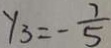
y _ { 3 } = - \frac { 7 } { 5 }